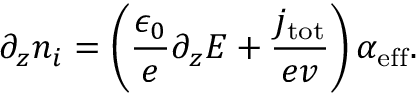
\partial _ { z } n _ { i } = \left( \frac { \epsilon _ { 0 } } { e } \partial _ { z } E + \frac { j _ { \mathrm { t o t } } } { e v } \right) \alpha _ { \mathrm { e f f } } .